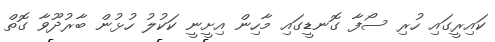
ކައިރީގައި ހުރި ސޯފާ ގޮނޑީގައި މާހިން އިށީނީ ކަކުލު ހުޅުން ބާރުދޫވާ ގޮތް